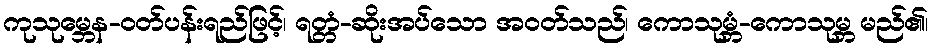
ကုသုမ္ဘေန-ဝတ်ပန်းရည်ဖြင့်၊ ရတ္တံ-ဆိုးအပ်သော အဝတ်သည်၊ ကောသုမ္ဘံ-ကောသုမ္ဘ မည်၏၊